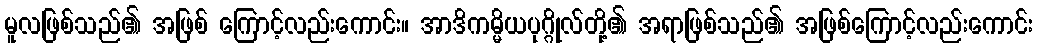
မူလဖြစ်သည်၏ အဖြစ် ကြောင့်လည်းကောင်း။ အာဒိကမ္မိယပုဂ္ဂိုလ်တို့၏ အရာဖြစ်သည်၏ အဖြစ်ကြောင့်လည်းကောင်း